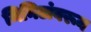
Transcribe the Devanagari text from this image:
मिनिटांवरून